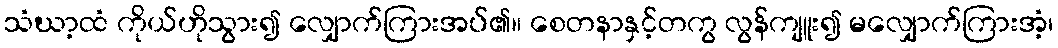
သံဃာ့ထံ ကိုယ်ဟိုသွား၍ လျှောက်ကြားအပ်၏။ စေတနာနှင့်တကွ လွန်ကျူး၍ မလျှောက်ကြားအံ့၊